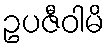
ဥပဇီဝါမိ